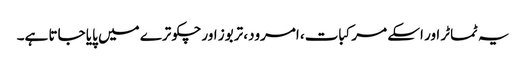
یہ ٹماٹر اور اسکے مرکبات، امرود، تربوز اور چکوترے میں پایا جاتا ہے۔